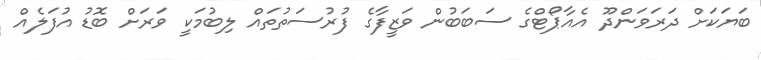
ބަޔަކަށް ދަރަވަންދޫ އެއާޕޯޓްގެ ސަބަބުން ވަޒީފާގެ ފުރުސަތުތައް ލިބުމަކީ ވަރަށް ބޮޑު އުފަލެއް